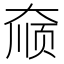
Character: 𫯮